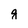
Character: g